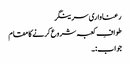
رعناواری سرینگر
طوافِ کعبہ شروع کرنے کا مقام
جواب:۔